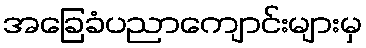
အခြေခံပညာကျောင်းများမှ